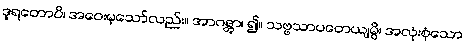
ဒူရတောပိ၊ အဝေးမှသော်လည်း။ အာဂန္တွာ၊ ၍။ သဗ္ဗသာပတေယျမ္ပိ၊ အလုံးစုံသော